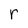
Character: r